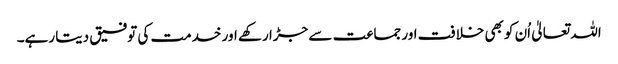
اللہ تعالیٰ اُن کو بھی خلافت اور جماعت سے جڑا رکھے اور خدمت کی توفیق دیتا رہے۔